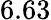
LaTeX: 6.63